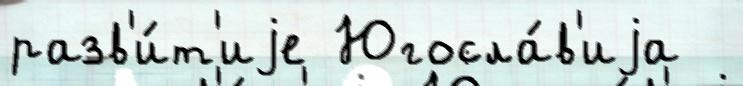
разв'и́т'иjе Югосла́в'иjа